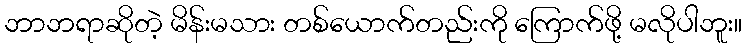
ဘာဘရာဆိုတဲ့ မိန်းမသား တစ်ယောက်တည်းကို ကြောက်ဖို့ မလိုပါဘူး။